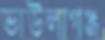
ভাউলাগঞ্জ